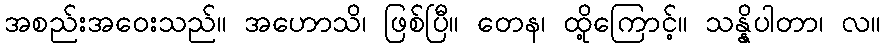
အစည်းအဝေးသည်။ အဟောသိ၊ ဖြစ်ပြီ။ တေန၊ ထို့ကြောင့်။ သန္နိပါတာ၊ လ။